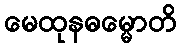
မေထုနဓမ္မောတိ